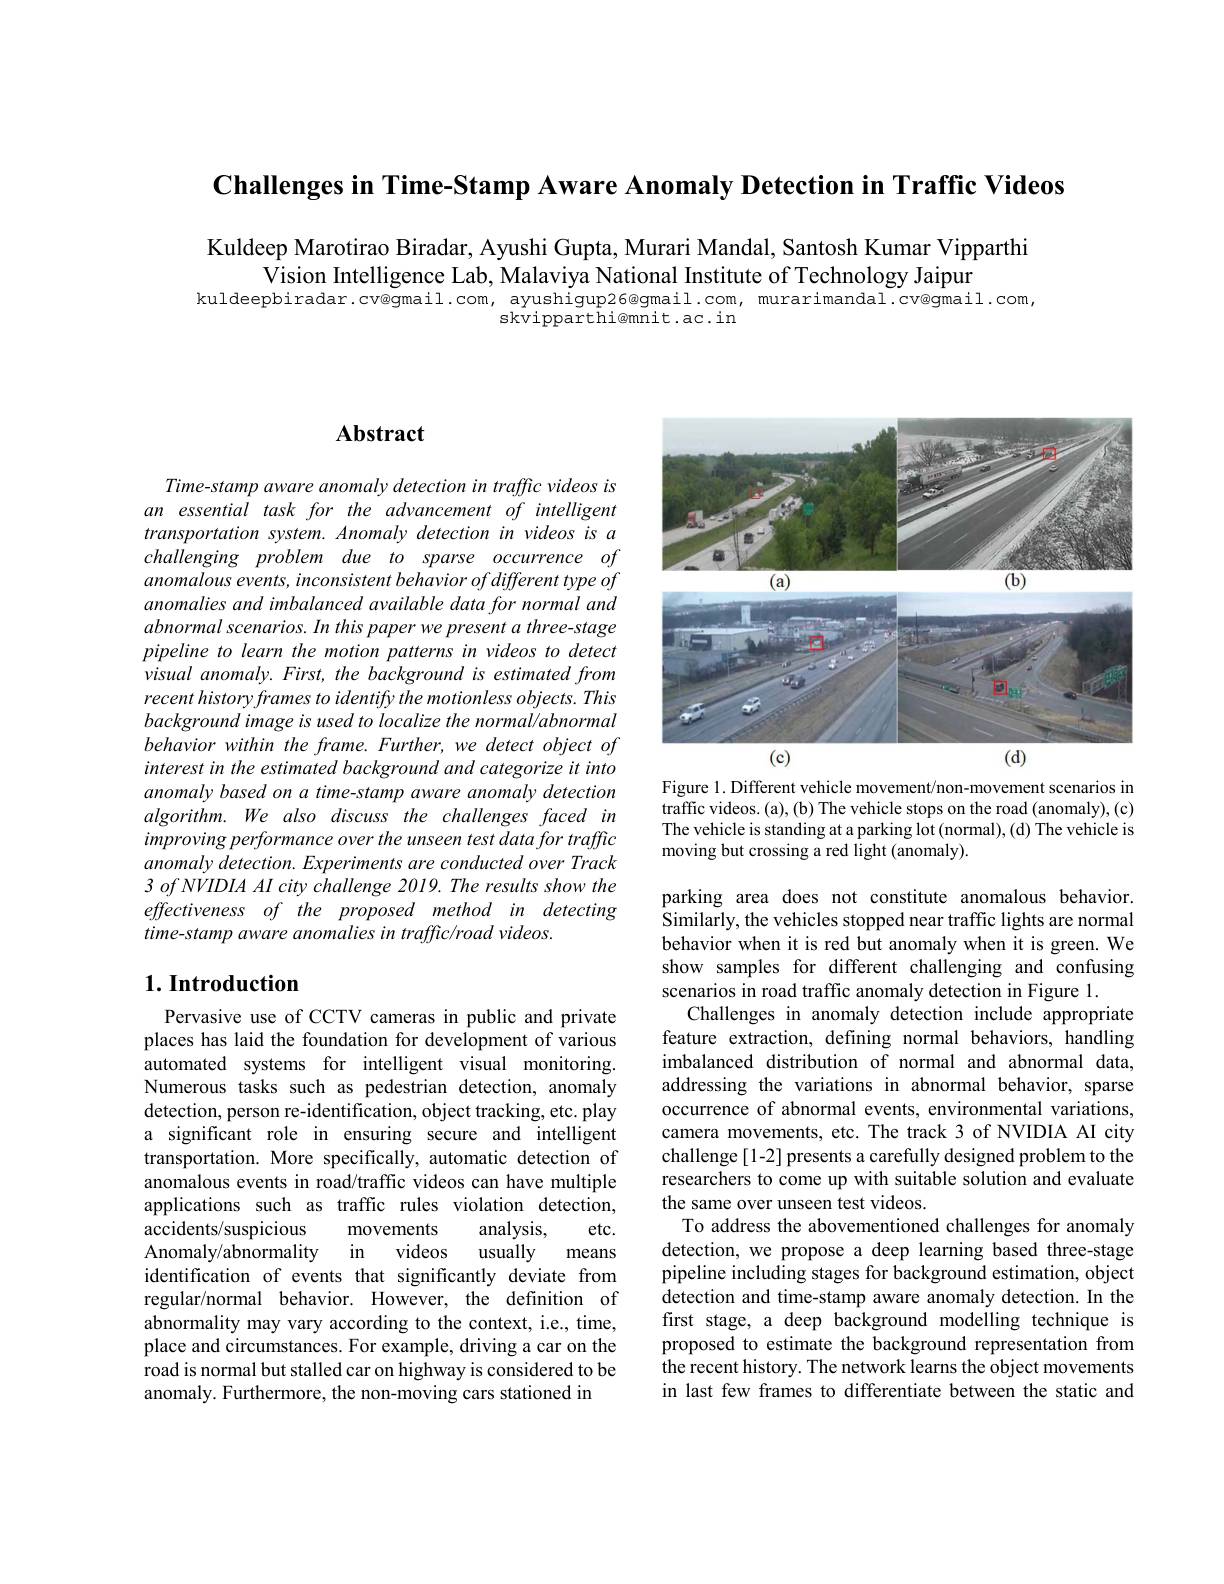
$\textbf{Challenges in Time- Stamp Aware Anomaly Detection in Traffic Videos}$

Kuldeep Marotirao Biradar, Ayushi Gupta, Murari Mandal, Santosh Kumar Vipparthi
Vision Intelligence Lab, Malaviya National Institute of Technology Jaipur
kuldeepbiradar.cv@gmail.com, ayushigup26@gmail.com, murarimandal.cv@gmail.com,
skvipparthi@mnit.ac.in

# Abstract

Time-stamp aware anomaly detection in traffic videos is an essential task for the advancement of intelligent transportation system. Anomaly detection in videos is a challenging problem due to sparse occurrence of anomalous events, inconsistent behavior of different type of anomalies and imbalanced available data for normal and abnormal scenarios. In this paper we present a three-stage pipeline to learn the motion patterns in videos to detect visual anomaly. First, the background is estimated from recent history frames to identify the motionless objects. This background image is used to localize the normal/abnormal behavior within the frame. Further, we detect object of interest in the estimated background and categorize it into anomaly based on a time-stamp aware anomaly detection algorithm. We also discuss the challenges faced in improving performance over the unseen test data for traffic anomaly detection. Experiments are conducted over Track $3\textit{ of NVIDIA AI city challenge 2019. The results show the}$ effectiveness of the proposed method in detecting time-stamp aware anomalies in traffic/road videos.

### $1. \textbf{Introduction}$

Pervasive use of CCTV cameras in public and private places has laid the foundation for development of various automated systems for intelligent visual monitoring. Numerous tasks such as pedestrian detection, anomaly detection, person re-identification, object tracking, etc. play a significant role in ensuring secure and intelligent transportation. More specifically, automatic detection of anomalous events in road/traffic videos can have multiple applications such as traffic rules violation detection,
analysis,
etc.
accidents/suspicious
movements
in
videos
usually
Anomaly/abnormality
means
identification of events that significantly deviate from regular/normal behavior. However, the definition of abnormality may vary according to the context, i.e., time, place and circumstances. For example, driving a car on the road is normal but stalled car on highway is considered to be anomaly. Furthermore, the non-moving cars stationed in

<FigureHere>

Figure 1. Different vehicle movement/non-movement scenarios in traffic videos. (a), (b) The vehicle stops on the road (anomaly), (c) The vehicle is standing at a parking lot (normal), (d) The vehicle is moving but crossing a red light (anomaly).

parking area does not constitute anomalous behavior. $\hat{S}$imilarly, the vehicles stopped near traffic lights are normal behavior when it is red but anomaly when it is green. We show samples for different challenging and confusing scenarios in road traffic anomaly detection in Figure 1.
Challenges in anomaly detection include appropriate feature extraction, defining normal behaviors, handling imbalanced distribution of normal and abnormal data, addressing the variations in abnormal behavior, sparse occurrence of abnormal events, environmental variations, camera movements, etc. The track 3 of NVIDIA AI city challenge[1-2] presents a carefully designed problem to the researchers to come up with suitable solution and evaluate the same over unseen test videos.
To address the abovementioned challenges for anomaly detection, we propose a deep learning based three-stage pipeline including stages for background estimation, object detection and time-stamp aware anomaly detection. In the first stage, a deep background modelling technique is proposed to estimate the background representation from the recent history. The network learns the object movements in last few frames to differentiate between the static and